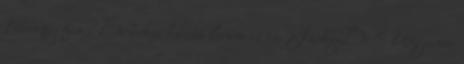
Rumpy fia? Érdekes húzás lenne ez is. JackyD: Ugyanez